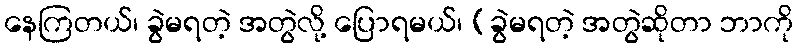
နေကြတယ်၊ ခွဲမရတဲ့ အတွဲလို့ ပြောရမယ်၊ (ခွဲမရတဲ့ အတွဲဆိုတာ ဘာကို